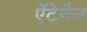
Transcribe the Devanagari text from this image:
ऐंटेनैल